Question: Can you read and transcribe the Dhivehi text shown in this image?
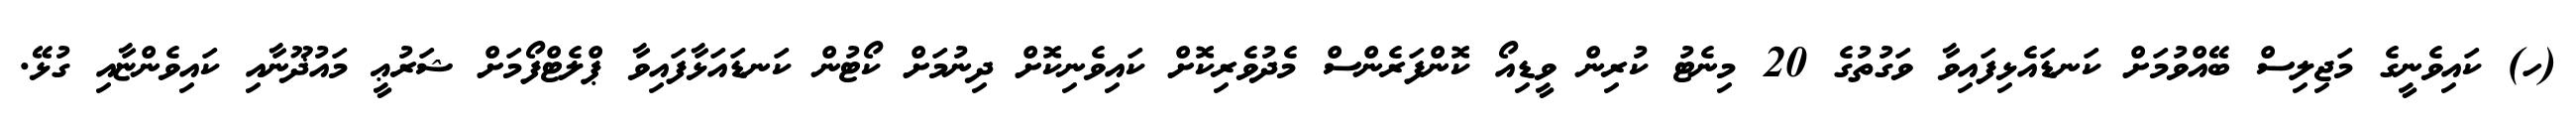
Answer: (ހ) ކައިވެނީގެ މަޖިލިސް ބޭއްވުމަށް ކަނޑައެޅިފައިވާ ވަގުތުގެ 20 މިނެޓު ކުރިން ވީޑިއޯ ކޮންފަރެންސް މެދުވެރިކޮށް ކައިވެނިކޮށް ދިނުމަށް ކޯޓުން ކަނޑައަޅާފައިވާ ޕްލެޓްފޯމަށް ޝަރުޢީ މައުޛޫނާއި ކައިވެންޏާއި ގުޅޭ.